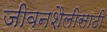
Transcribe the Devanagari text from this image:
जीवनशैलीसाठी